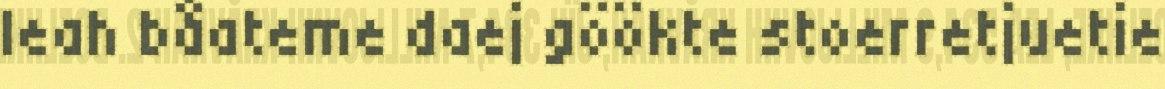
leah båateme daej göökte stoerretjuetie